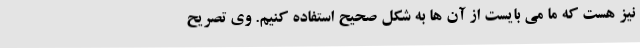
نیز هست که ما می بایست از آن ها به شکل صحیح استفاده کنیم. وی تصریح